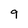
Character: 9